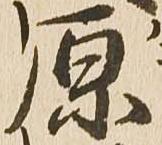
原